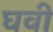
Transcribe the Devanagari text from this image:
घवी